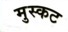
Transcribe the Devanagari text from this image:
मुस्कट